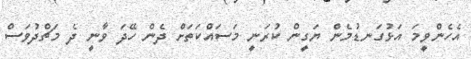
އެހެންވީމަ އަޅުގަނޑުމެން ޔަގީން ކުރަނީ މަސައްކަތަށް ދެން ހޭދަ ވާނީ ދެ މަޗްދުވަސް